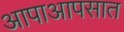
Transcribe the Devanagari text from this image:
आपाआपसात